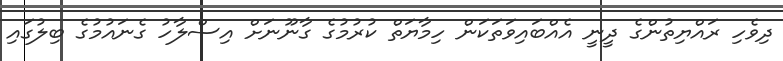
ދިވެހި ރައްޔިތުންގެ ދީނީ އެއްބައިވަތަކަން ހިމާޔަތް ކުރުމުގެ ގާނޫނަށް އިސްލާހު ގެނައުމުގެ ބިލުގައި